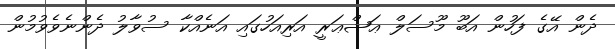
ދެން އޭގެ ފަހުން އަބޫ މޫސަލް ޢަޝްޢަރީ އަރިއަހުގައި އަނެއްކާ ސުވާލު ދެންނެވެވުމުން